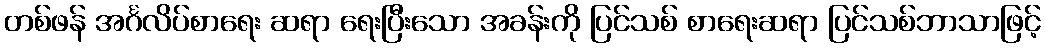
တစ်ဖန် အင်္ဂလိပ်စာရေး ဆရာ ရေးပြီးသော အခန်းကို ပြင်သစ် စာရေးဆရာ ပြင်သစ်ဘာသာဖြင့်